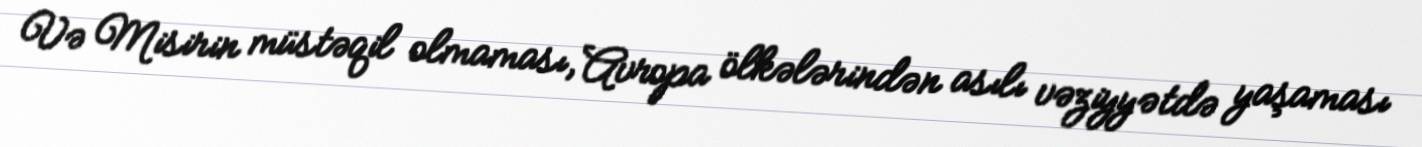
Və Misirin müstəqil olmaması, Avropa ölkələrindən asılı vəziyyətdə yaşaması